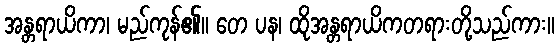
အန္တရာယိကာ၊ မည်ကုန်၏။ တေ ပန၊ ထိုအန္တရာယိကတရားတို့သည်ကား။